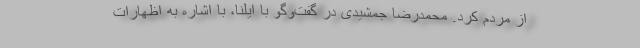
از مردم کرد. محمدرضا جمشیدی در گفت‌وگو با ایلنا، با اشاره به اظهارات